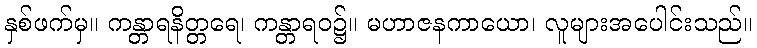
နှစ်ဖက်မှ။ ကန္တာရနိတ္တရေ၊ ကန္တာရဝ၌။ မဟာဇနကာယော၊ လူများအပေါင်းသည်။